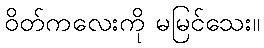
ဝိတ်ကလေးကို မမြင်သေး။